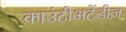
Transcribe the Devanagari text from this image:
काउंटीअटेंडीज़